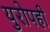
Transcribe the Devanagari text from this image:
युरोपही